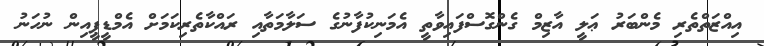
އިއްޒަތްތެރި މެންބަރު ޢަލީ އާޒިމް ގެންގޮސްފައިވާތީ އެމަނިކުފާނުގެ ސަލާމަތާއި ރައްކާތެރިކަމަށް އެމްޑީޕީއިން ނުހަނު